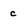
Character: c